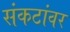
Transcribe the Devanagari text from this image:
संकटांवर